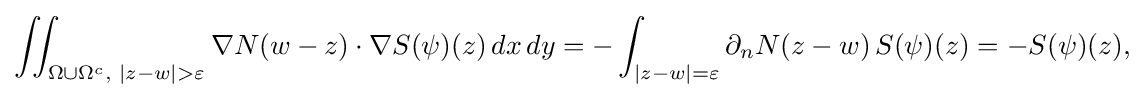
\displaystyle {\iint _{\Omega \cup \Omega ^{c},\,\,|z-w|>\varepsilon }\nabla N(w-z)\cdot \nabla S(\psi )(z)\,dx\,dy=-\int _{|z-w|=\varepsilon }\partial _{n}N(z-w)\,S(\psi )(z)=-S(\psi )(z),}